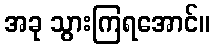
အခု သွားကြရအောင်။